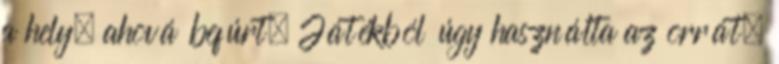
a hely, ahová befúrt. Játékból úgy használta az orrát,